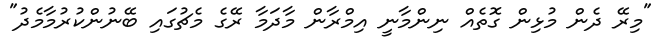
"މިރޭ ދެން މުޅިން ގޮތެއް ނިންމާނީ އިމްރާން މާދަމާ ރޭގެ މެޗުގައި ބޭނުންކުރުމާމެދު"